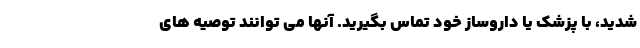
شدید، با پزشک یا داروساز خود تماس بگیرید. آنها می توانند توصیه های